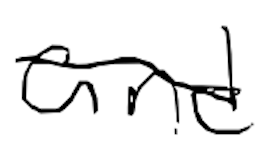
Text: and
Cross-out: diagonal
Writing tool: digital_black